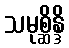
သမုစ္ဆိန္ဒိ